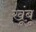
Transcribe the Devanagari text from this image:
खूंबू